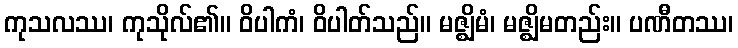
ကုသလဿ၊ ကုသိုလ်၏။ ဝိပါကံ၊ ဝိပါတ်သည်။ မဇ္ဈိမံ၊ မဇ္ဈိမတည်း။ ပဏီတဿ၊